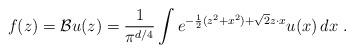
LaTeX: \begin{align*}f(z)=\mathcal{B}u(z)=\frac{1}{\pi^{d/4}}\int e^{-\frac{1}{2}(z^2+x^2)+\sqrt{2}z\cdot x}u(x)\,dx \ .\end{align*}